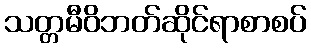
သတ္တမီဝိဘတ်ဆိုင်ရာစာစပ်